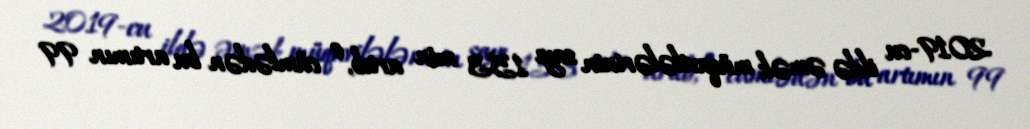
2019-cu ildə əmək müqavilələrinin sayı 153 min artıb, o cümlədən bu artımın 99